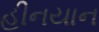
હીનયાન